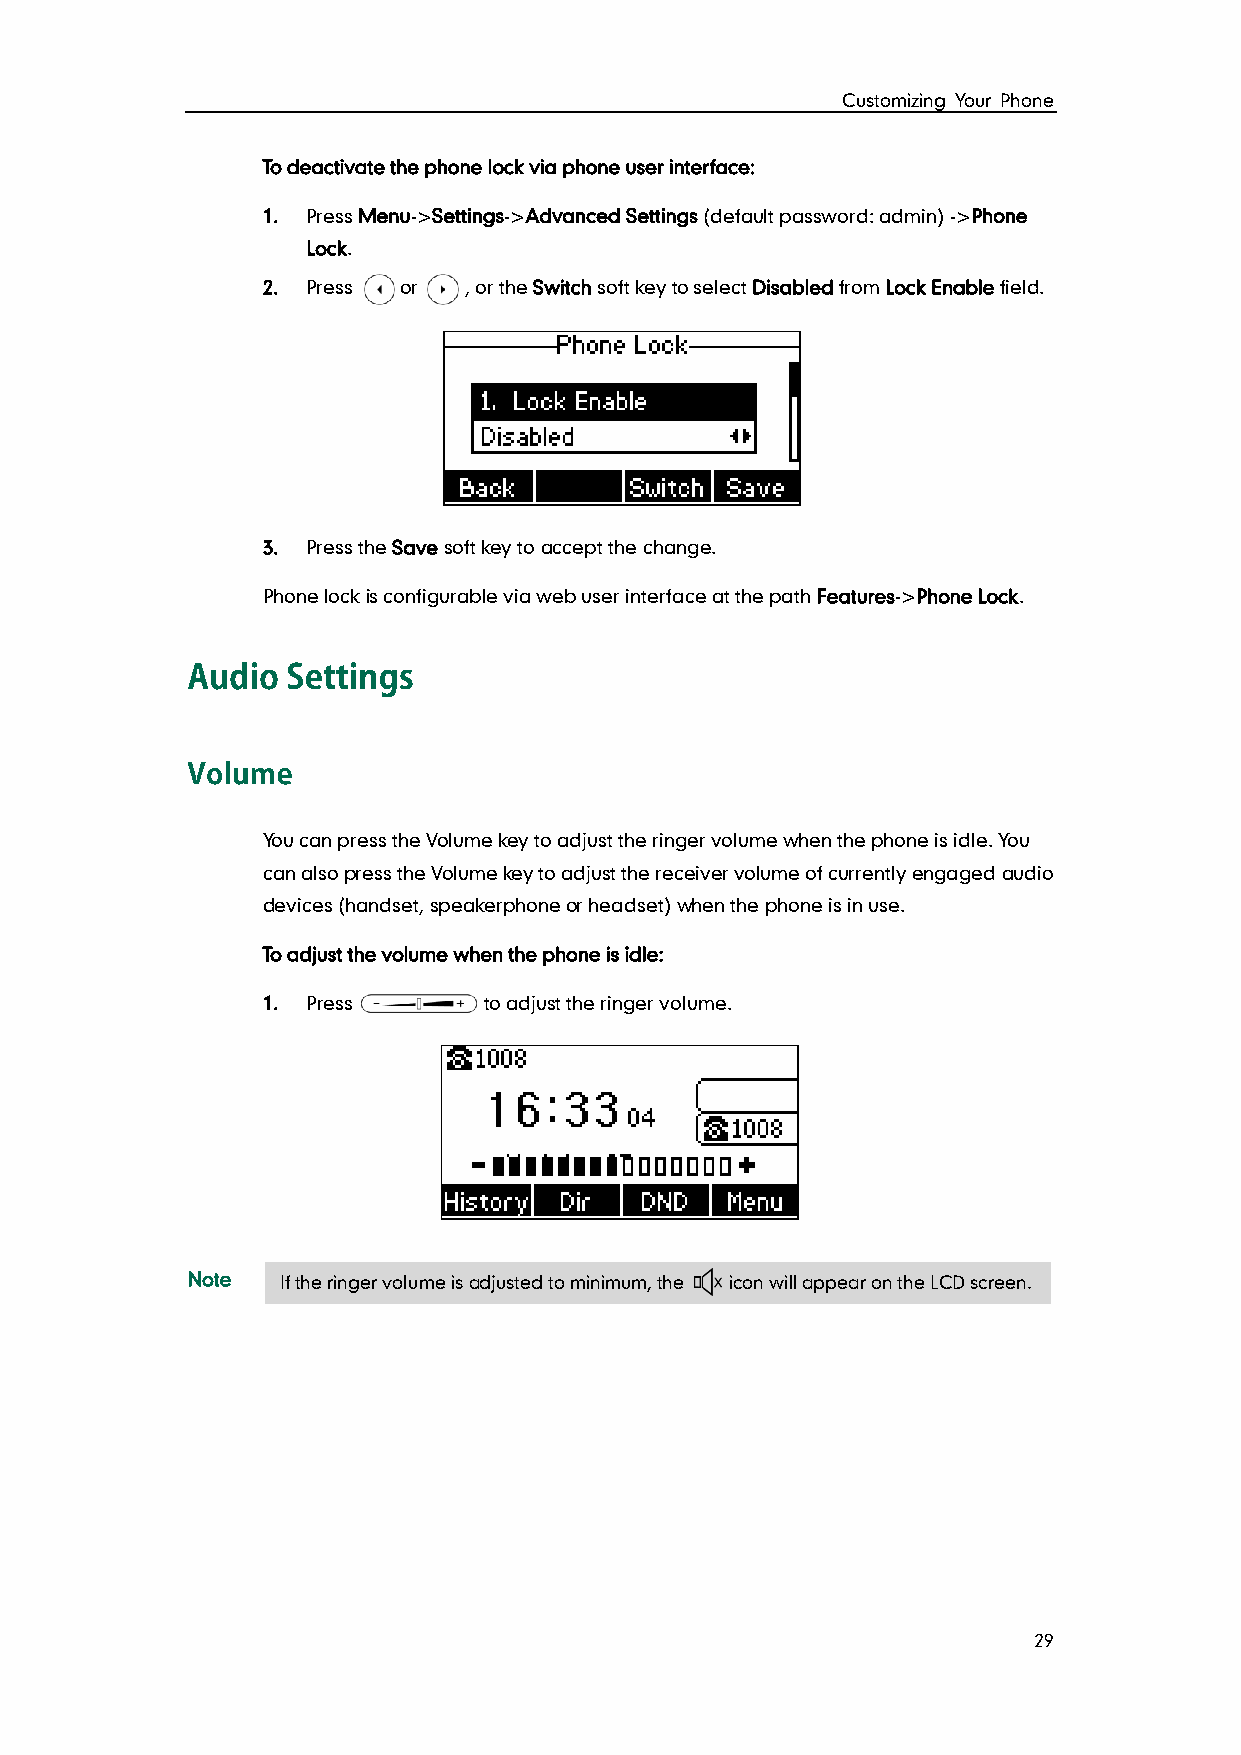
Customizing Your Phone
 To deactivate the phone lock via phone user interface:
 1. Press Menu->Settings->Advanced Settings (default password: admin) ->Phone
 Lock.
 2. Press or   , or the Switch soft key to select Disabled from Lock Enable field.
 3. Press the Save soft key to accept the change.
 Phone lock is configurable via web user interface at the path Features->Phone Lock.
 You can press the Volume key to adjust the ringer volume when the phone is idle. You
 can also press the Volume key to adjust the receiver volume of currently engaged audio
 devices (handset, speakerphone or headset) when the phone is in use.
 To adjust the volume when the phone is idle:
 1. Press       to adjust the ringer volume.
 Note   If the ringer volume is adjusted to minimum, the icon will appear on the LCD screen.
 29